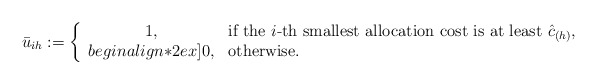
\begin{align*} \bar{u}_{ih} := \left\{ \begin{array}{cl} 1, & \mbox{if the $i$-th smallest allocation cost is at least $\hat{c}_{(h)}$,}\\begin{align*}2ex] 0, & \mbox{otherwise.} \end{array} \right.\end{align*}